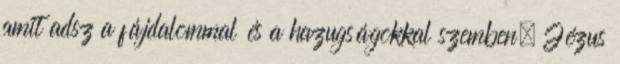
amit adsz a fájdalommal és a hazugságokkal szemben. Jézus